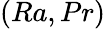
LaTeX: (Ra,Pr)